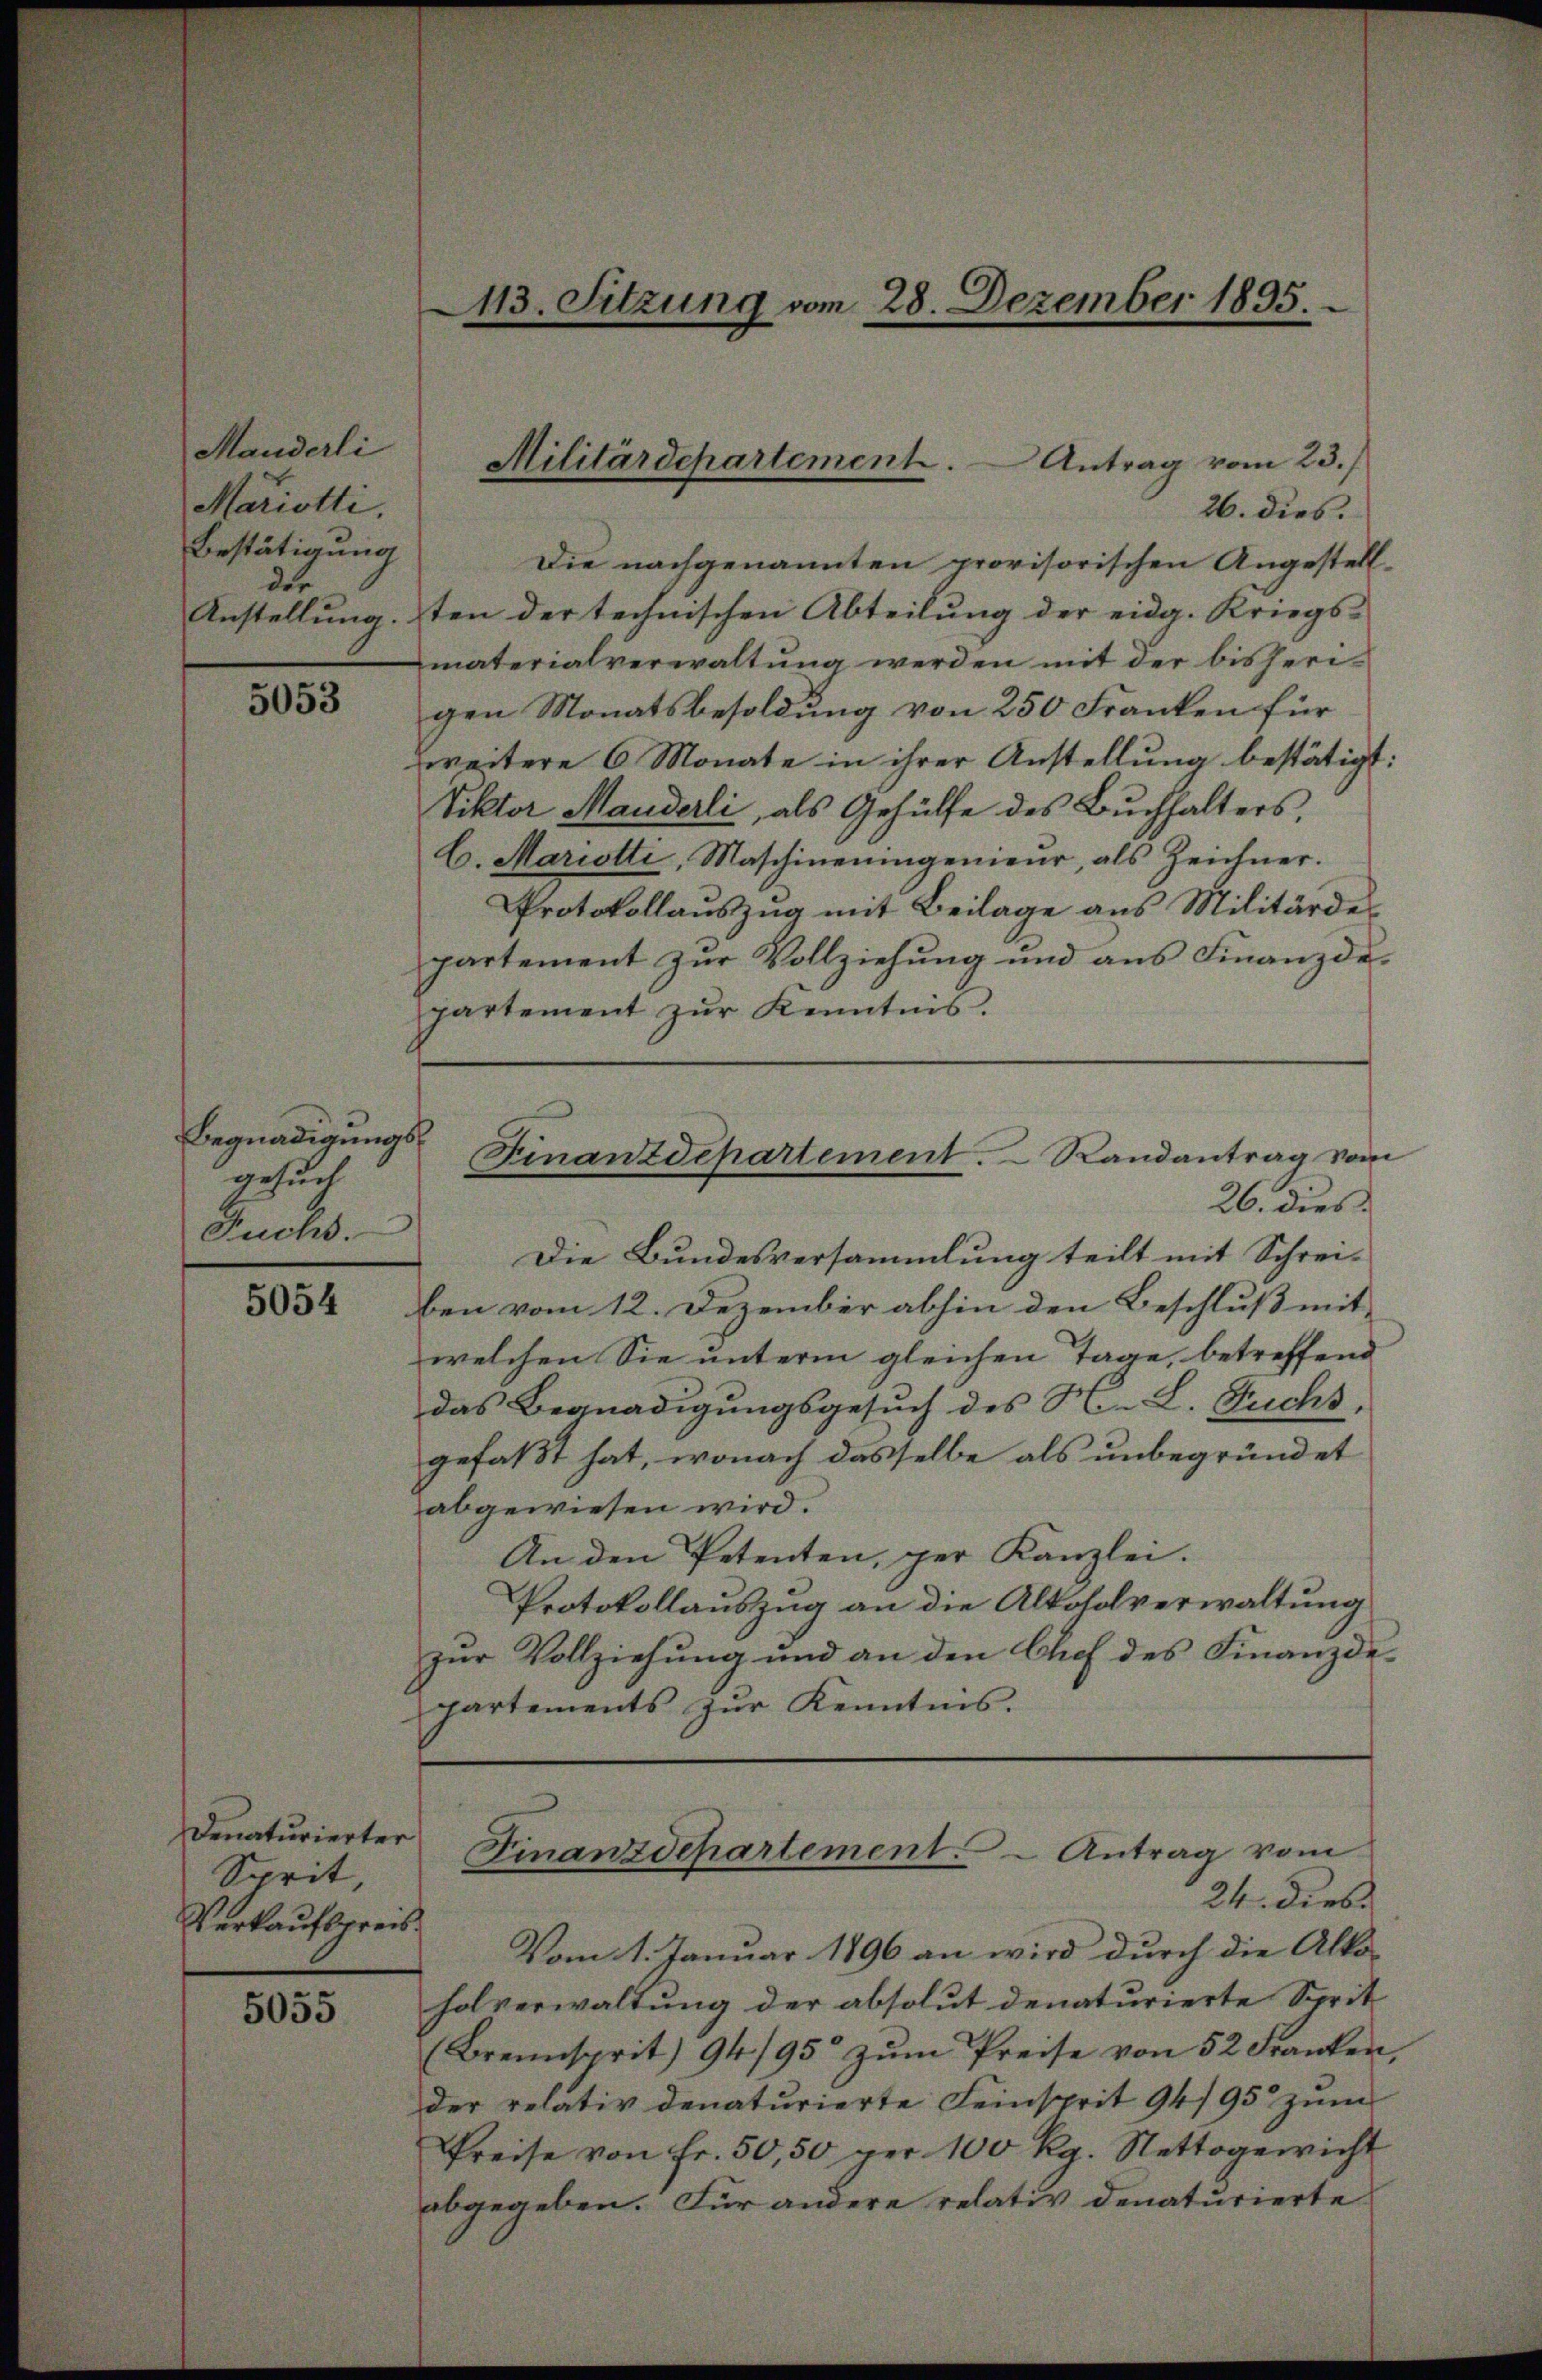
Manderli
Mariotti,
Bestätigung
der

5053

Begnadigungsgesuch
Fuchs.

5054

Denaturierter
Sprit,
Verkaufspreis¬

5055

113. Sitzung vom 28. Dezember 1895.

26. dies.
Die nachgenannten provisorischen Angestell-
Anstellung. ten der technischen Abteilung der eidg. Kriegs- |
materialverwaltung werden mit der bisheri-
gen Monatsbesoldung von 250 Franken für
weitere 6 Monate in ihrer Anstellung bestätigt:
Viktor Mauderli, als Gehülfe des Buchhalters,
C. Mariotti, Maschineningenieŭr, als Zeichner.
Protokollauszug mit Beilage aus Militärdes
partement zur Vollziehung und aus Finanzdepartement zŭr Kenntnis.

Militärdepartement. Antrag vom 23.)

Finanzdepartement. Randantrag vom
26. dies

Finanzdepartement. - Antrag vom
24. Dieb

Die Bundesversammlung teilt mit Schrei-
ben vom 12. Dezember abhin den Beschluß mit
welchen Sie unterm gleichen Tage, betreffend
das Begnadigungsgesuch des N. L. Suchs,
gefaßt hat, wonach dasselbe als unbegründet
abgewiesen wird.
An den Petenten, per Kanzlei.
Protokollauszug an die Alkoholverwaltung
zur Vollziehung und an den Chef des Finanzdepartements zŭr Kenntnis.

Vom 1. Januar 1896 an wird durch die Alko-
holverwaltung der absolut denaturierte Sprit
(Brennsprit 94/95 zŭm Preise von 52 Franken,
der relativ denaturierte Seinsprit 94/95 zum
Preise von Fr. 50, 50 per 100 Rg. Nettogewicht
abgegeben. Für andere relativ denaturierte